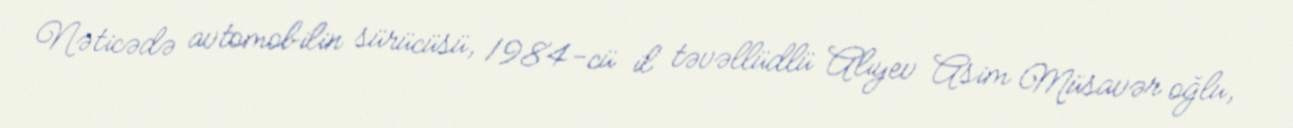
Nəticədə avtomobilin sürücüsü, 1984-cü il təvəllüdlü Alıyev Asim Müsavər oğlu,